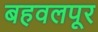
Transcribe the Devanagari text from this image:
बहवलपूर